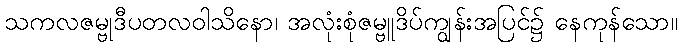
သကလဇမ္ဗုဒီပတလဝါသိနော၊ အလုံးစုံဇမ္ဗူဒိပ်ကျွန်းအပြင်၌ နေကုန်သော။